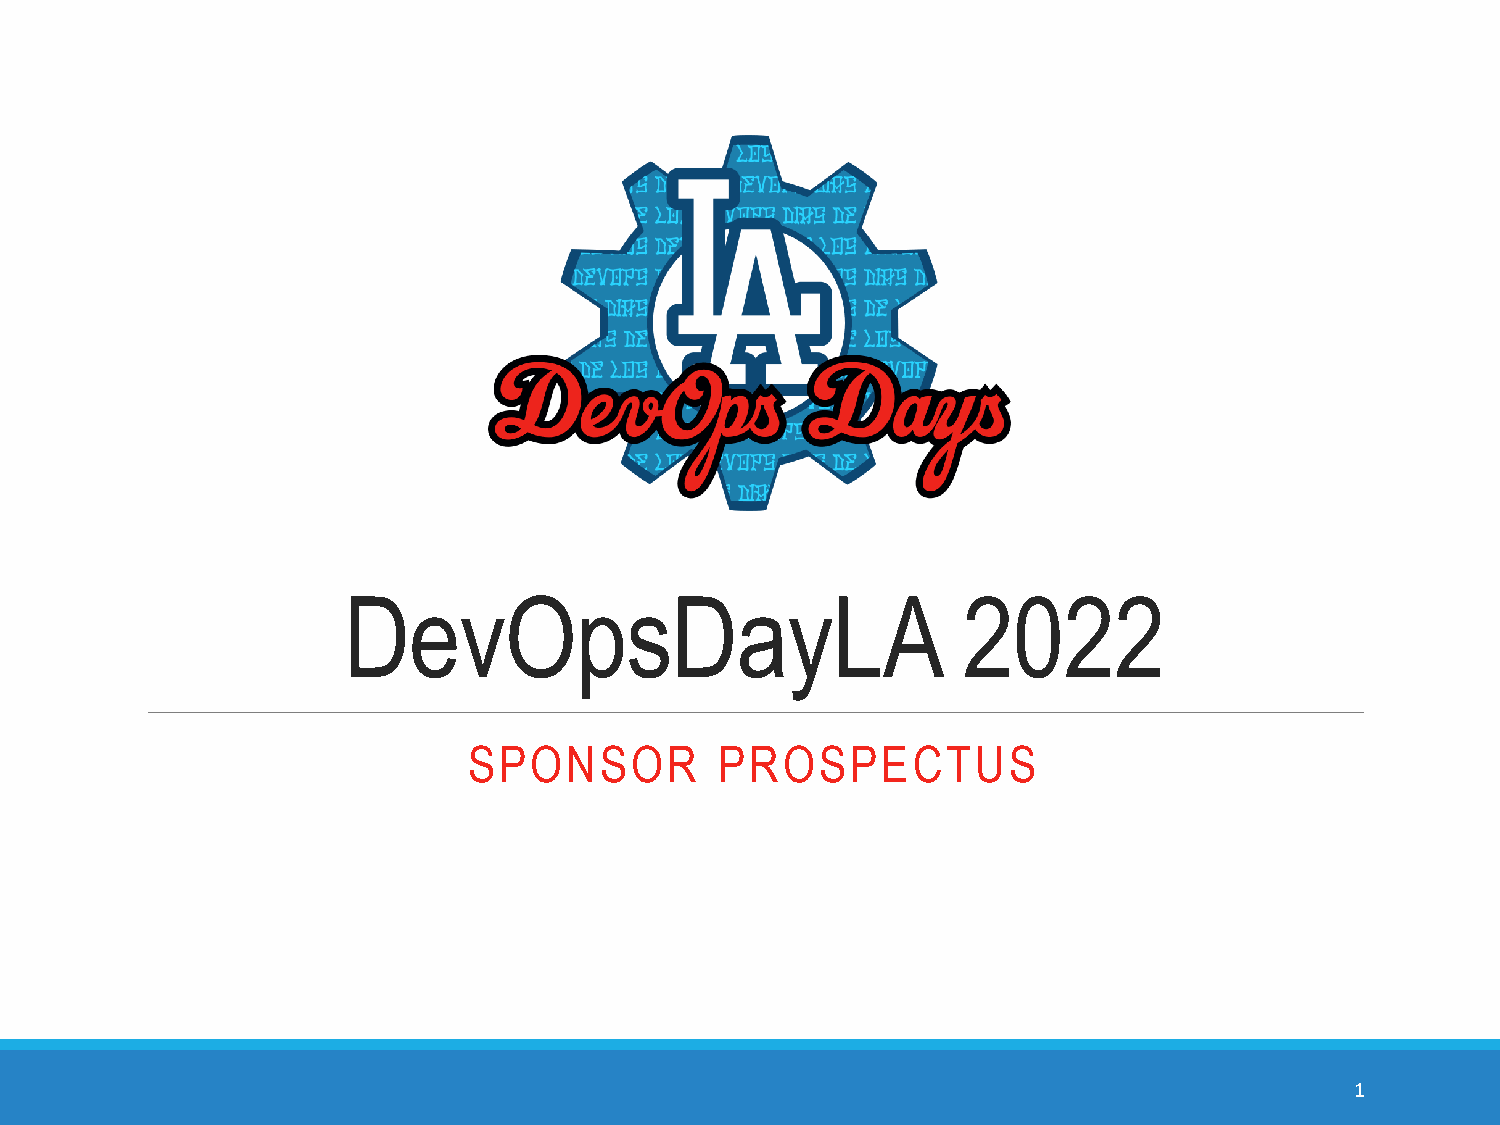
DevOpsDayLA                              2022
 SPONSOR          PROSPECTUS
 1